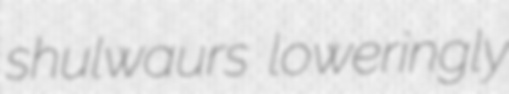
shulwaurs loweringly